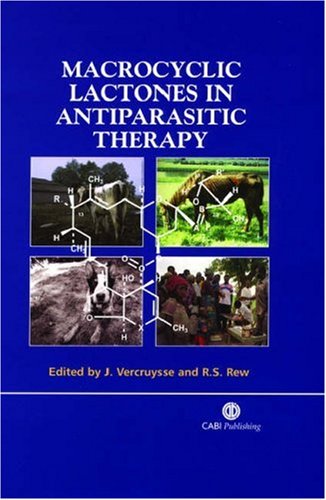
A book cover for Macrocyclic Lactones in Antiparasitic Therapy; J Vercruysse; Medical Books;